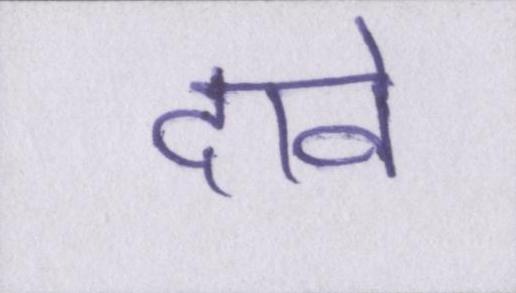
दावे